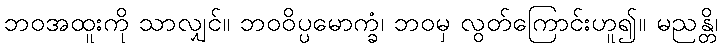
ဘဝအထူးကို သာလျှင်။ ဘဝဝိပ္ပမောက္ခံ၊ ဘဝမှ လွတ်ကြောင်းဟူ၍။ မညန္တိ၊